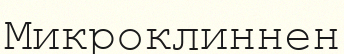
Микроклиннен